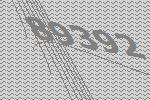
89392